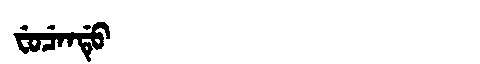
Manchu: ᠸᡠᠴᡝᠨᡩᡠ
Romanization: FUCENDU